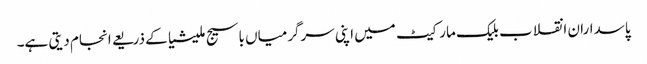
پاسداران انقلاب بلیک مارکیٹ میں اپنی سرگرمیاں باسیج ملیشیا کے ذریعے انجام دیتی ہے۔